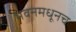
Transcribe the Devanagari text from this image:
भवनमधूनच